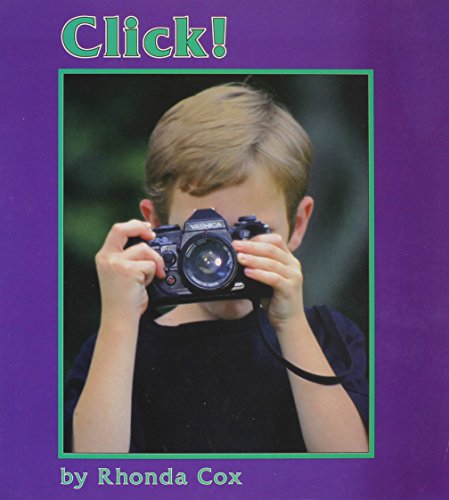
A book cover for Click (Books for Young Learners); Rhonda Cox; Children's Books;